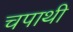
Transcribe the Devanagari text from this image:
चपाथी